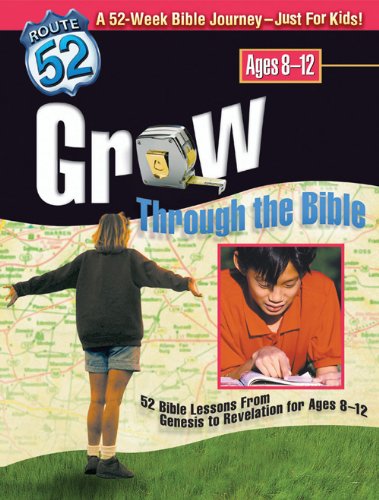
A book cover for Grow Through the Bible: 52 Bible Lessons from Genesis to Revelation for Ages 8-12 (Route 52); Bev Gundersen; Christian Books & Bibles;